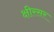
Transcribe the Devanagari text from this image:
क्षीरसर